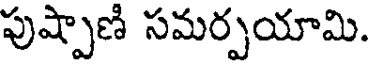
పుష్పాణి సమర్పయామి.